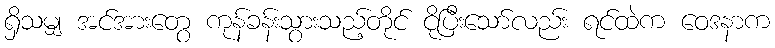
ရှိသမျှ အင်အားတွေ ကုန်ခန်းသွားသည့်တိုင် ငိုပြီးသော်လည်း ရင်ထဲက ဝေဒနာက